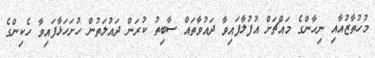
މުހުތާޒުއާއި ނިހާންގެ މައްޗަށް އުފުލާފައިވާ ދައުވާތައް ސާބިތު ކުރަން ދައުލަތުން ހުށަހަޅާފައިވާ ހެކިންގެ